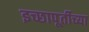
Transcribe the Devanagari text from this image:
इच्छापूर्तीच्या